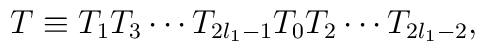
T\equiv T_1 T_3\cdots T_{2l_1-1}T_0T_2\cdots T_{2l_1-2},